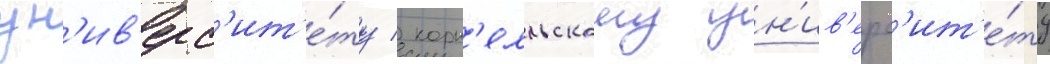
ун'ив'ерс'ит'е́ту / корн'елльскому ун'ив'ерс'ит'е́ту